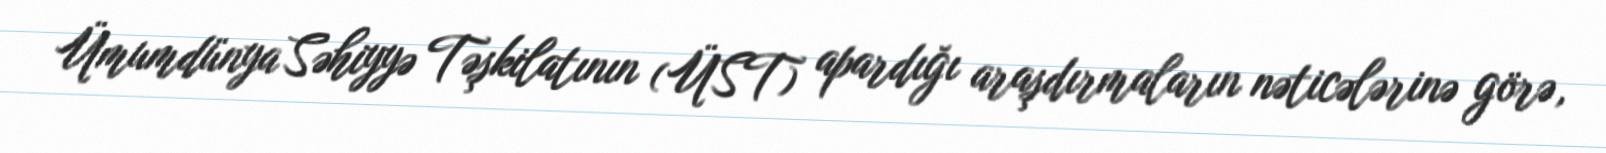
Ümumdünya Səhiyyə Təşkilatının (ÜST) apardığı araşdırmaların nəticələrinə görə,